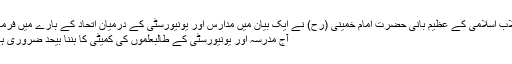
انقلاب اسلامی کے عظیم بانی حضرت امام خمینی (رح) نے ایک بیان میں مدارس اور یونیورسٹی کے درمیان اتحاد کے بارے میں فرمایا:
آج مدرسہ اور یونیورسٹی کے طالبعلموں کی کمیٹی کا بننا بیحد ضروری ہے۔